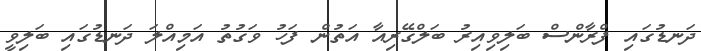
ދަނޑުގައި ފްރާންސް ބަލިވިއިރު ބަލްގޭރިއާ އަތުން ފަހު ވަގުތު އަމިއްލަ ދަނޑުގައި ބަލިވީ